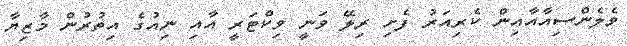
ވެލެންސިއާއާއިން ކެރިއަރު ފެށި ރިލޭ ވަނީ ވިކްޓަރީ އާއި ނިއުގެ އިތުރުން މާޒިޔާ